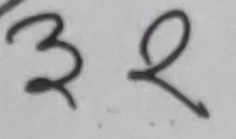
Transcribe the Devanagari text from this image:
३२